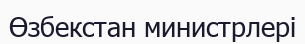
Өзбекстан министрлері